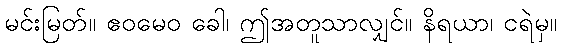
မင်းမြတ်။ ဧဝမေဝ ခေါ၊ ဤအတူသာလျှင်။ နိရယာ၊ ငရဲမှ။